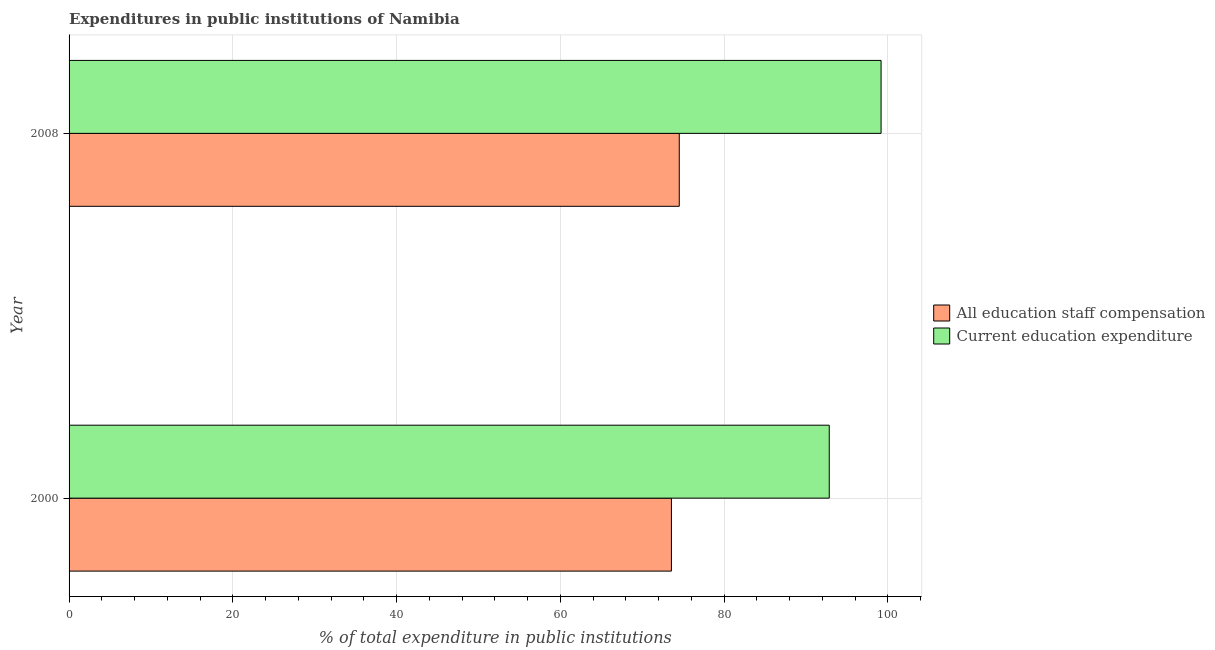
| Year | All education staff compensation | Current education expenditure |
 | --- | --- | --- |
 | 2000 | 73.6 | 92.8 |
 | 2008 | 74.5 | 99.2 |